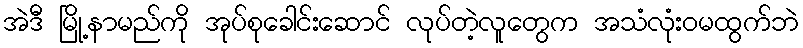
အဲဒီ မြို့နာမည်ကို အုပ်စုခေါင်းဆောင် လုပ်တဲ့လူတွေက အသံလုံးဝမထွက်ဘဲ